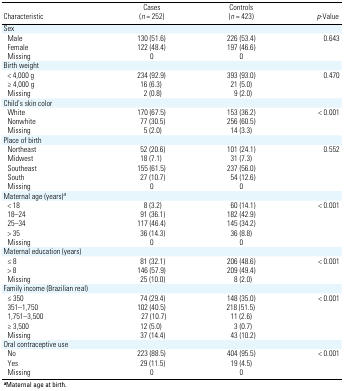
| Characteristic | Cases (n = 252) | Controls (n = 423) | p-Value |
 | --- | --- | --- | --- |
 | Sex |
 | Male | 130 (51.6) | 226 (53.4) | 0.643 |
 | Female | 122 (48.4) | 197 (46.6) |
 | Missing | 0 | 0 |
 | Birth weight |
 | < 4,000 g | 234 (92.9) | 393 (93.0) | 0.470 |
 | ≥ 4,000 g | 16 (6.3) | 21 (5.0) |
 | Missing | 2 (0.8) | 9 (2.0) |
 | Child’s skin color |
 | White | 170 (67.5) | 153 (36.2) | < 0.001 |
 | Nonwhite | 77 (30.5) | 256 (60.5) |
 | Missing | 5 (2.0) | 14 (3.3) |
 | Place of birth |
 | Northeast | 52 (20.6) | 101 (24.1) | 0.552 |
 | Midwest | 18 (7.1) | 31 (7.3) |
 | Southeast | 155 (61.5) | 237 (56.0) |
 | South | 27 (10.7) | 54 (12.6) |
 | Missing | 0 | 0 |
 | Maternal age (years)a |
 | < 18 | 8 (3.2) | 60 (14.1) | < 0.001 |
 | 18–24 | 91 (36.1) | 182 (42.9) |
 | 25–34 | 117 (46.4) | 145 (34.2) |
 | > 35 | 36 (14.3) | 36 (8.8) |
 | Missing | 0 | 0 |
 | Maternal education (years) |
 | ≤ 8 | 81 (32.1) | 206 (48.6) | < 0.001 |
 | > 8 | 146 (57.9) | 209 (49.4) |
 | Missing | 25 (10.0) | 8 (2.0) |
 | Family income (Brazilian real) |
 | ≤ 350 | 74 (29.4) | 148 (35.0) | < 0.001 |
 | 351–1,750 | 102 (40.5) | 218 (51.5) |
 | 1,751–3,500 | 27 (10.7) | 11 (2.6) |
 | ≥ 3,500 | 12 (5.0) | 3 (0.7) |
 | Missing | 37 (14.4) | 43 (10.2) |
 | Oral contraceptive use |
 | No | 223 (88.5) | 404 (95.5) | < 0.001 |
 | Yes | 29 (11.5) | 19 (4.5) |
 | Missing | 0 | 0 |
 | <COLSPAN=4> aMaternal age at birth. |